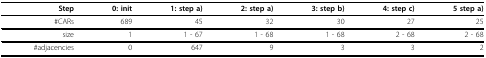
<table><thead><tr><td><b>Step</b></td><td><b>0: init</b></td><td><b>1: step a)</b></td><td><b>2: step a)</b></td><td><b>3: step b)</b></td><td><b>4: step c)</b></td><td><b>5 step a)</b></td></tr></thead><tbody><tr><td>#CARs</td><td>689</td><td>45</td><td>32</td><td>30</td><td>27</td><td>25</td></tr><tr><td>size</td><td>1</td><td>1 - 67</td><td>1 - 68</td><td>1 - 68</td><td>2 - 68</td><td>2 - 68</td></tr><tr><td>#adjacencies</td><td>0</td><td>647</td><td>9</td><td>3</td><td>3</td><td>2</td></tr></tbody></table>